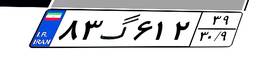
۸۳گ۶۱۲۳۹